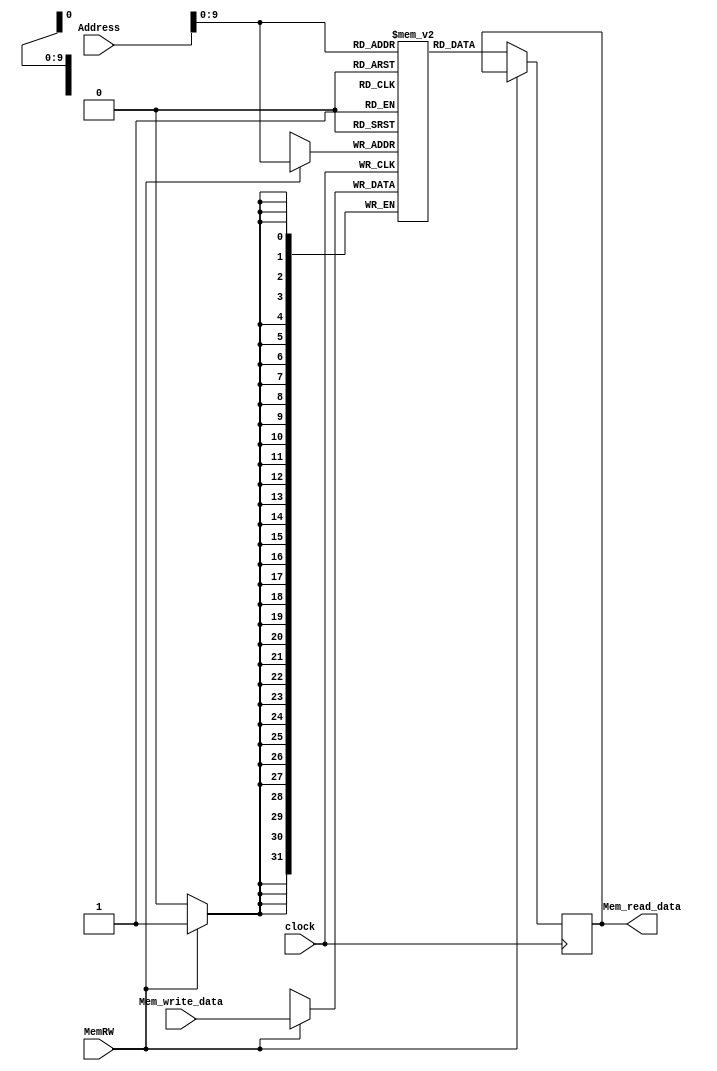
module Data_Memory(Address,Mem_write_data,MemRW,Mem_read_data,clock);
  input clock,MemRW;
  input [31:0] Address,Mem_write_data;  
  output [31:0] Mem_read_data;
  
  reg [31:0] Memory [0:1023];//test it while writing test bench and make changes
  
  always @(posedge clock)
    begin
      if(MemRW == 1)
        Memory[Address] <= Mem_write_data;
      else
        Mem_read_data <= Memory[Address];
    end
endmodule